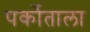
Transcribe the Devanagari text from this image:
पर्कोताला